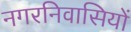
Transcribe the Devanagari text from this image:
नगरनिवासियों